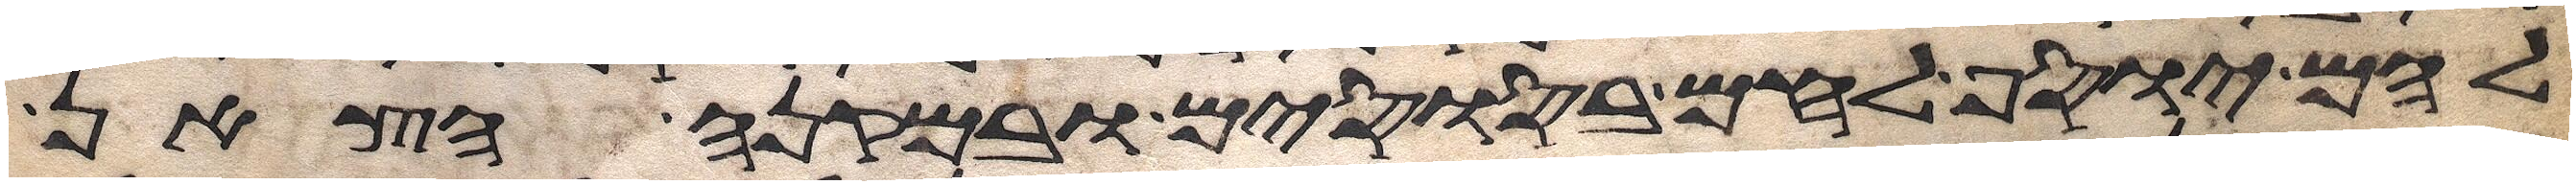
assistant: להם יוסף לחם בסוסים ובמקנה הצאן